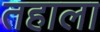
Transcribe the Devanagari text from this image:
तहाला